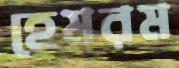
হেমরম